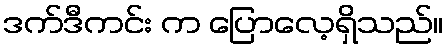
ဒက်ဒီကင်း က ပြောလေ့ရှိသည်။